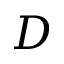
D